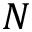
N